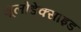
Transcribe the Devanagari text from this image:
सूलोडेक्साइड